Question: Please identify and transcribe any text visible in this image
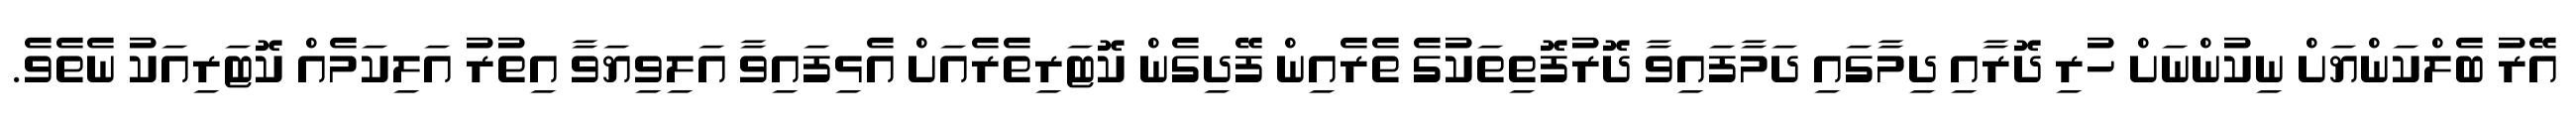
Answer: އޭރު ބެލްކަންޔަށް ނިކުންނަށް ހުރި ދޮރާއި ދިމާގައި ދަމާފައިވާ ދޮރުފޮތިތަކުގެ ތެރެއިން ފޭދިގެން ކޮޓަރިތެރެއަށް އެޅިފައިވާ އަލިވިޔަވާ އިތުރު އަލިކަމެއް ކޮޓަރިއަކު ނެތެވެ.